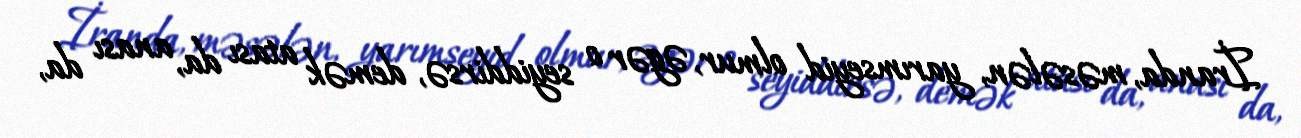
İranda, məsələn, yarımseyid olmur, əgər o seyiddirsə, demək atası da, anası da,